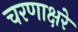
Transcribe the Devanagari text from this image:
चरणाक्षरे